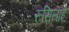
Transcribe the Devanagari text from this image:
रूसिलाई